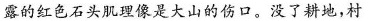
露的红色石头肌理像是大山的伤口。没了耕地，村